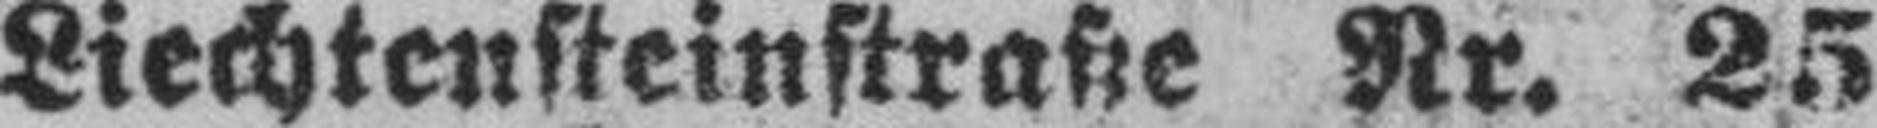
Liechtensteinstraße Nr. 25